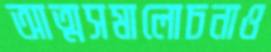
আত্মসমালোচনাও